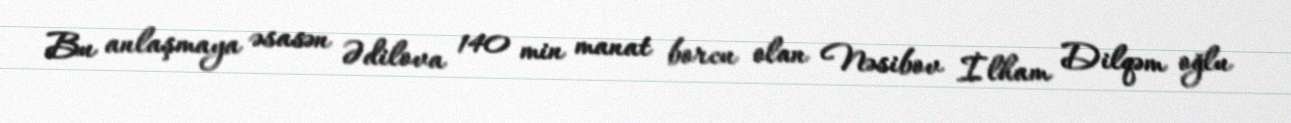
Bu anlaşmaya əsasən Ədilova 140 min manat borcu olan Nəsibov İlham Dilqəm oğlu